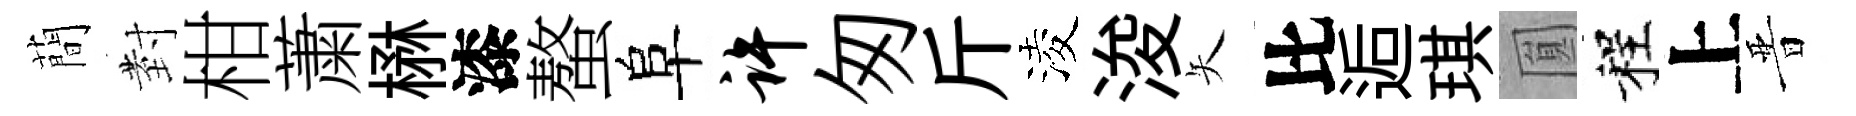
蕳𭔹柑䔥楙漆螯阜许匆斤淩浚矢比逅琪圎程上晋